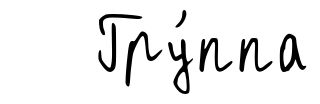
Гру́ппа